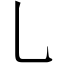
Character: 乚